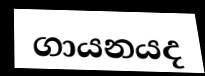
ගායනයද